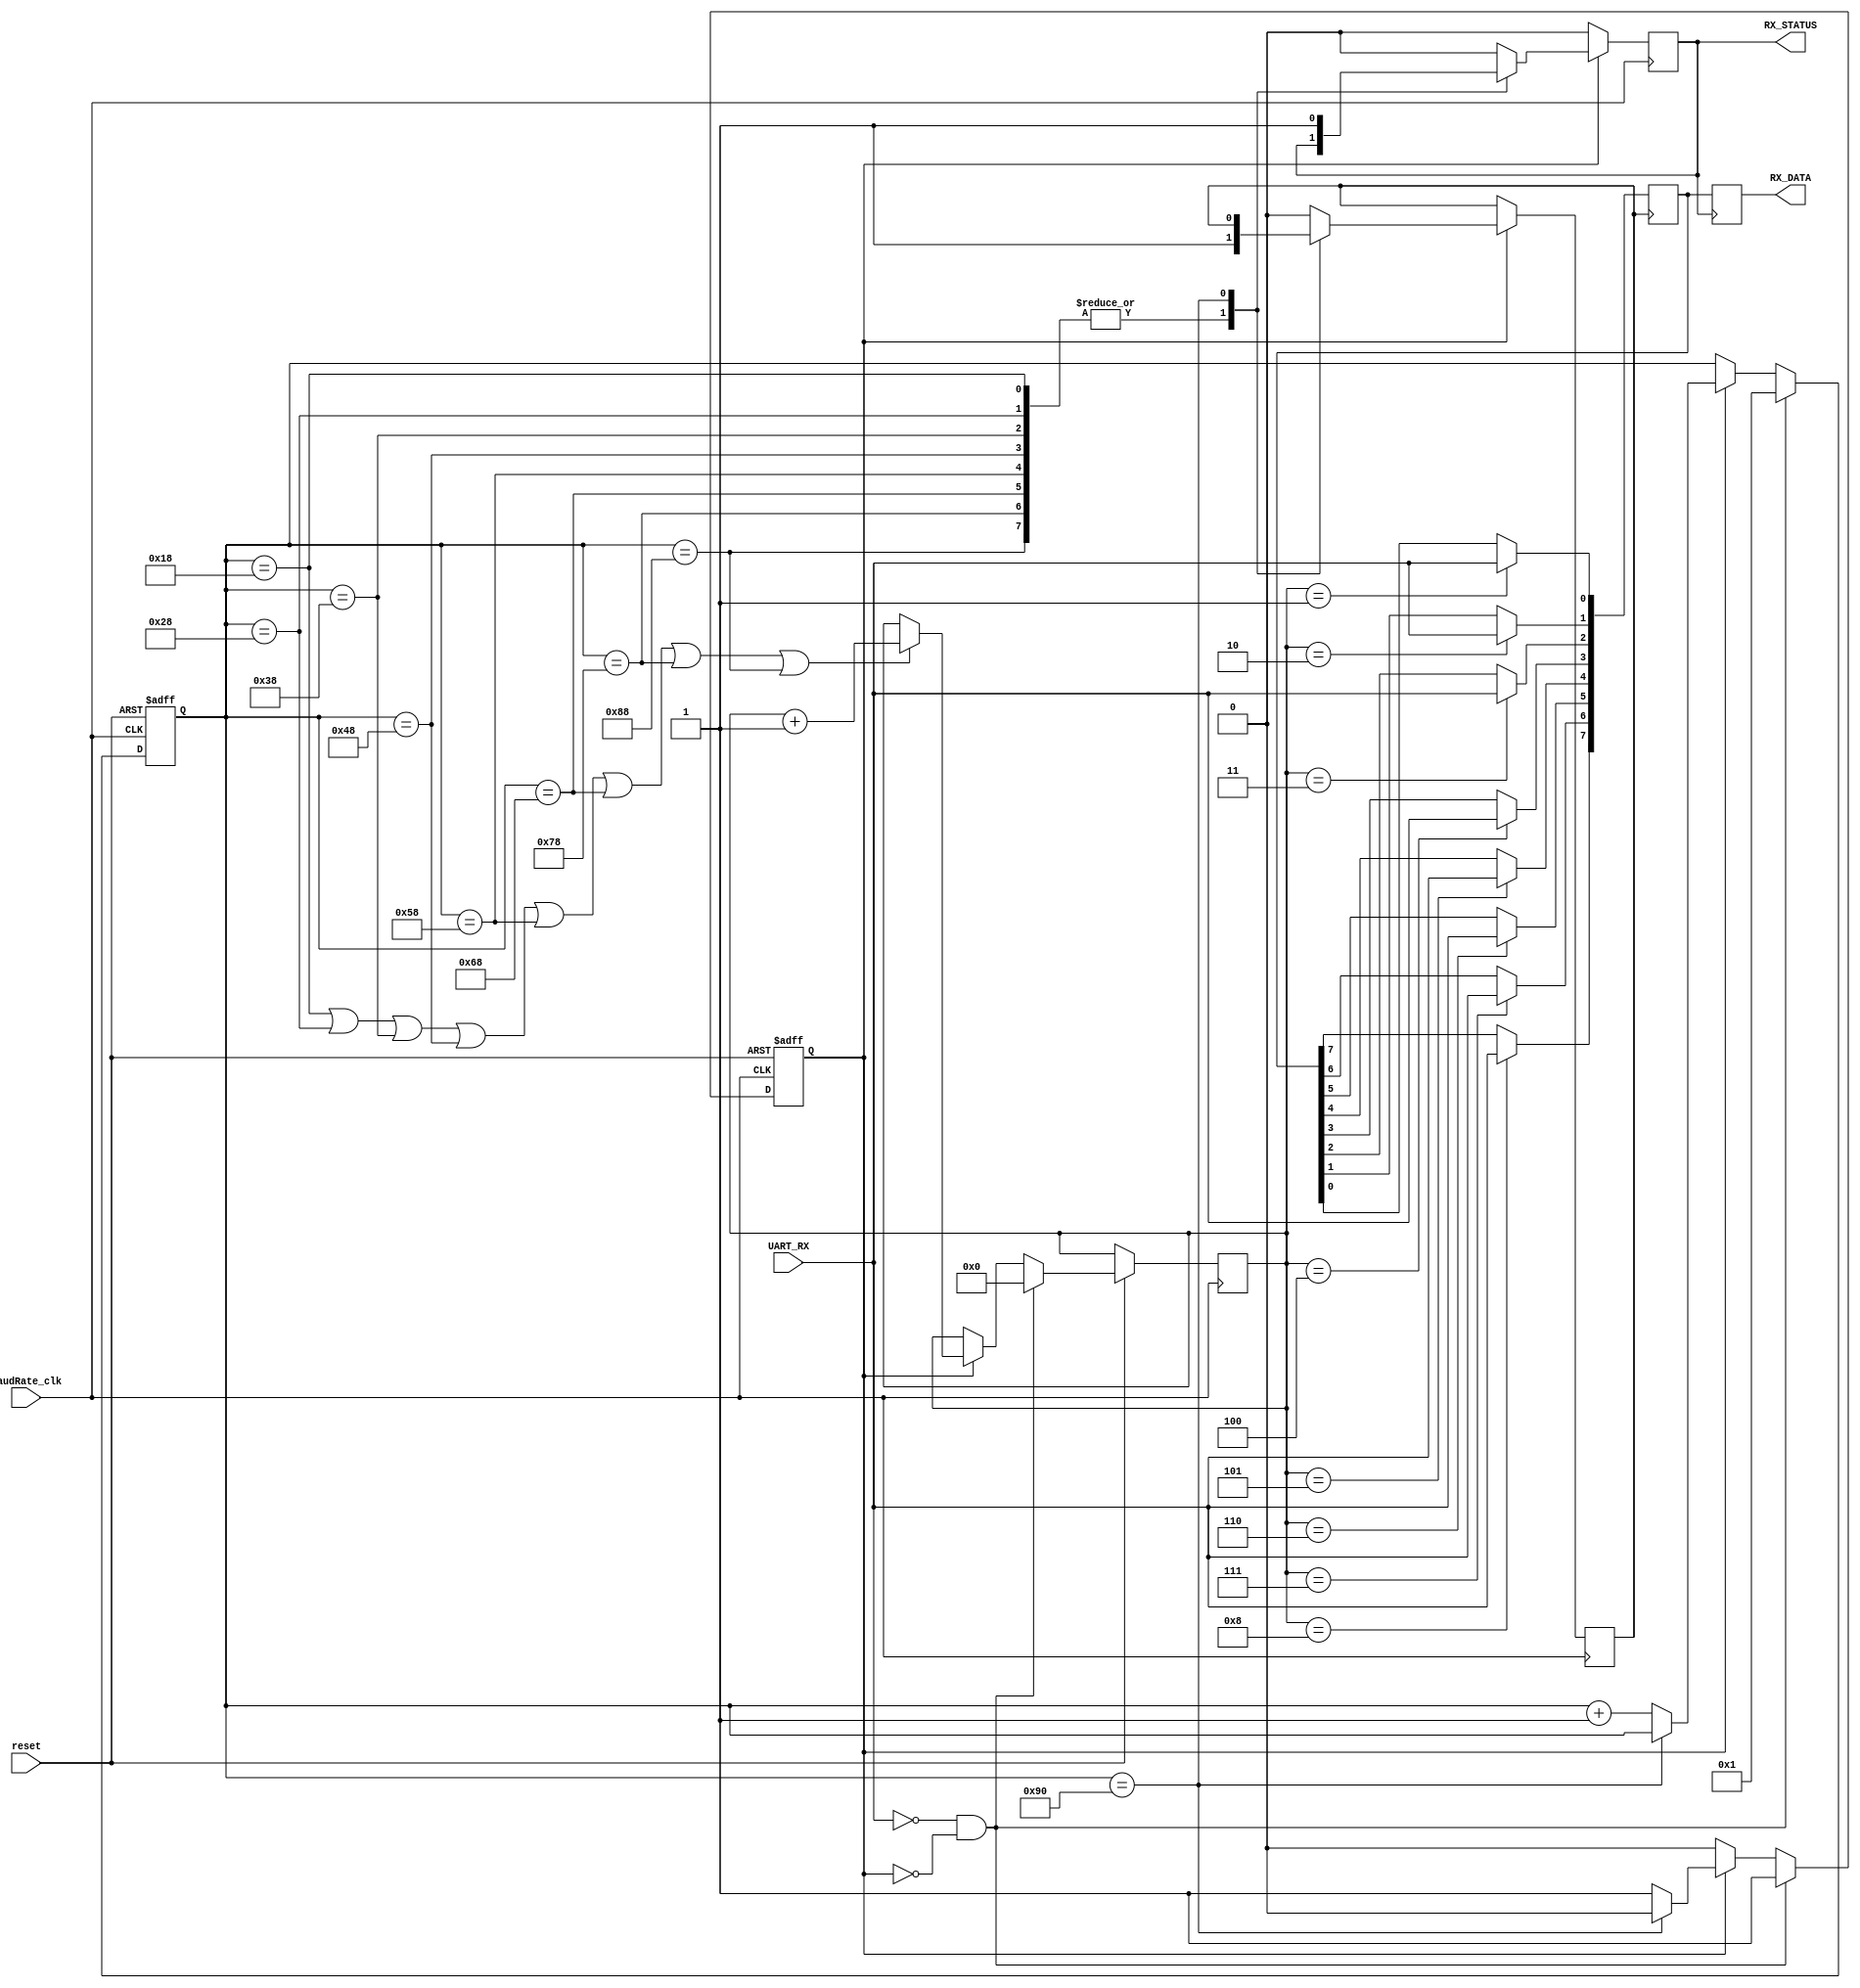
`timescale 1ns/1ns
module Receiver (UART_RX,BaudRate_clk,reset,RX_DATA,RX_STATUS);

  input UART_RX,BaudRate_clk,reset;
  output reg [7:0] RX_DATA;
  output reg RX_STATUS;

  reg [7:0] count;               //count the posedge of BaudRate_clk
  reg [3:0] times;               //count the number of sampled_signal
  reg sampled_signal,enable;
  reg [7:0] lock;                //lock RX_DATA before RX_STATUS is valid

  initial
  begin
    count<=8'd1;
    times<=4'd0;
    sampled_signal<=0;
    enable<=0;
    RX_STATUS<=0;
  end

  always @ ( posedge BaudRate_clk or negedge reset )
  begin
    if(~reset)
    begin
      count<=8'd1;
      enable<=0;
    end
    else if(UART_RX==0&&~enable) //start counting
    begin
      enable<=1;
      count<=8'd1;
      times<=4'd0;
    end
    else if(enable)
    begin
      if(count==8'd24||count==8'd40||count==8'd56||count==8'd72
         ||count==8'd88||count==8'd104||count==8'd120||count==8'd136)
        times<=times+4'd1;       //count one more sampled signal
      else ;
      if(count==8'd144)          //have generated 8 sampled signals
        enable<=0;
      else
        count<=count+8'd1;
    end
    else ;
  end

  always @ ( posedge BaudRate_clk )
  begin
    if(enable)                   //enable it to count
    begin
      case(count)
      8'd24,8'd40,8'd56,8'd72,8'd88,8'd104,8'd120,8'd136:
        sampled_signal<=1;       //generate sampled signal,followed by "default" to generate a pulse
      8'd144:
        RX_STATUS<=1;            //have generated 8 sampled signals,followed by "default" and "else" to generate a pulse
      default:
      begin
        sampled_signal<=0;
        RX_STATUS<=0;
      end
      endcase
    end
    else
      RX_STATUS<=0;
  end

  always @ ( posedge sampled_signal )
  begin
    case(times)                  //lock the data before RX_STATUS is valid
    4'd1:lock[0]<=UART_RX;
    4'd2:lock[1]<=UART_RX;
    4'd3:lock[2]<=UART_RX;
    4'd4:lock[3]<=UART_RX;
    4'd5:lock[4]<=UART_RX;
    4'd6:lock[5]<=UART_RX;
    4'd7:lock[6]<=UART_RX;
    4'd8:lock[7]<=UART_RX;
    default: ;
    endcase
  end

  always @ ( posedge RX_STATUS )
    RX_DATA[7:0]<=lock[7:0];     //send the locked data to RX_DATA

endmodule